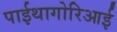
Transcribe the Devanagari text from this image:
पाईथागोरिआई